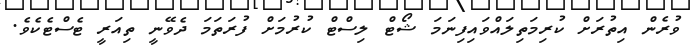
ވުރެން އިތުރަށް ކުރިމަތިލައްވައިފިނަމަ ޝޯޓް ލިސްޓް ކުރުމަށް ފުރަތަމަ ދެވޭނީ ތިއަރީ ޓެސްޓެކެވެ.